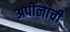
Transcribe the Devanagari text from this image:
अपीलाची